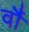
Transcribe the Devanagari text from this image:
वॉै